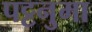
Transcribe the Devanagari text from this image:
पट्टनुमा